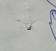
Signature authenticity: genuine